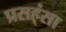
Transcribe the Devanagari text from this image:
प्रसह्ंसा